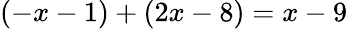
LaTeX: (-x-1)+(2x-8)=x-9